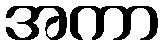
အကာ